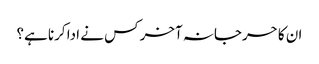
ان کا حرجانہ آخر کس نے ادا کرنا ہے؟